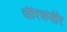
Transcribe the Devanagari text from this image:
धीरसमीर